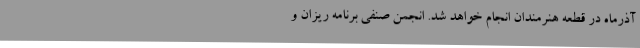
آذرماه در قطعه هنرمندان انجام خواهد شد. انجمن صنفی برنامه ریزان و